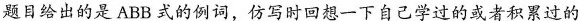
题目给出的是ABB式的例词，仿写时回想一下自己学过的或者积累过的